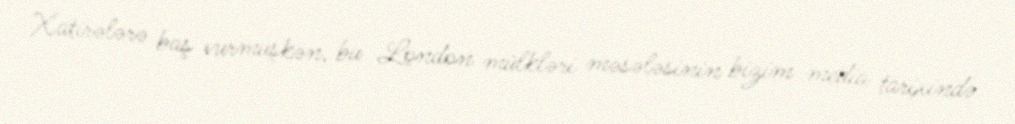
Xatirələrə baş vurmuşkən, bu London mülkləri məsələsinin bizim media tarixində